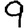
Digit: 9